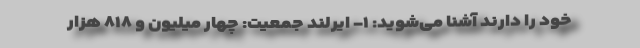
خود را دارند آشنا می‌شوید: ۱- ایرلند جمعیت: چهار میلیون و ۸۱۸ هزار